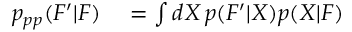
\begin{array} { r l } { p _ { p p } ( F ^ { \prime } | F ) } & { { } = \int d X \, p ( F ^ { \prime } | X ) p ( X | F ) } \end{array}